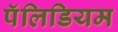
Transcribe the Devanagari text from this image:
पॅलिडियम